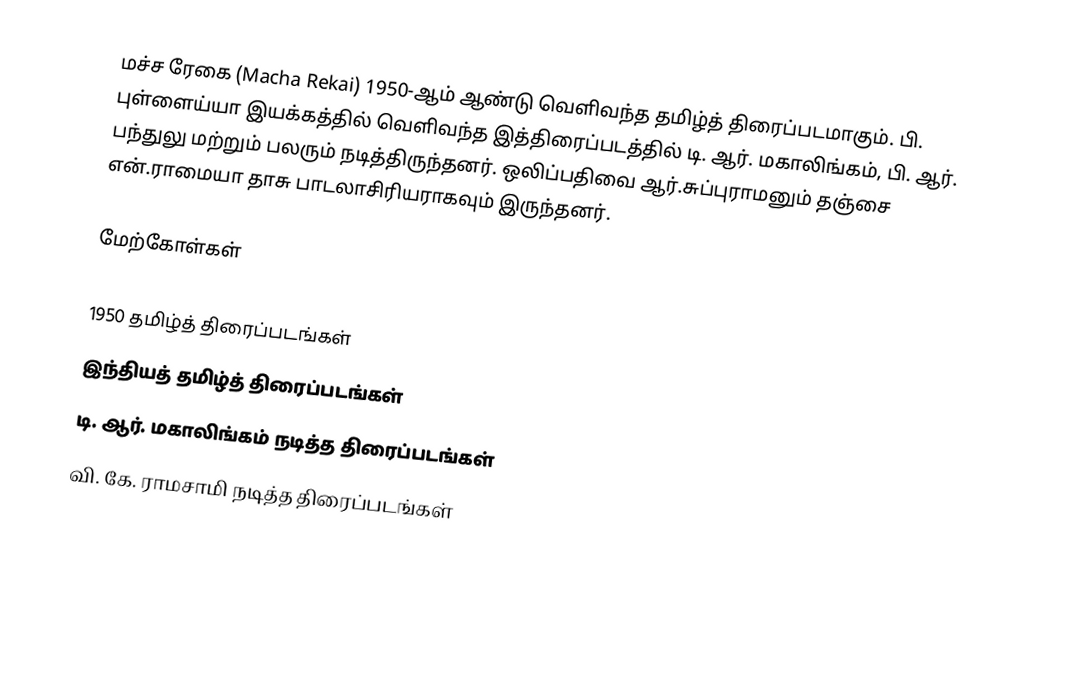
மச்ச ரேகை (Macha Rekai) 1950-ஆம் ஆண்டு வெளிவந்த தமிழ்த் திரைப்படமாகும். பி. புள்ளைய்யா இயக்கத்தில் வெளிவந்த இத்திரைப்படத்தில் டி. ஆர். மகாலிங்கம், பி. ஆர். பந்துலு மற்றும் பலரும் நடித்திருந்தனர். ஒலிப்பதிவை ஆர்.சுப்புராமனும் தஞ்சை என்.ராமையா தாசு பாடலாசிரியராகவும்  இருந்தனர்.

மேற்கோள்கள்

1950 தமிழ்த் திரைப்படங்கள்
இந்தியத் தமிழ்த் திரைப்படங்கள்
டி. ஆர். மகாலிங்கம் நடித்த திரைப்படங்கள்
வி. கே. ராமசாமி நடித்த திரைப்படங்கள்